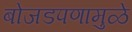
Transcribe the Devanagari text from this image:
बोजडपणामुळे